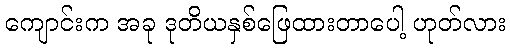
ကျောင်းက အခု ဒုတိယနှစ်ဖြေထားတာပေါ့ ဟုတ်လား